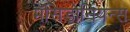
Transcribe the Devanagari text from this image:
मॅसिडोनियन्स